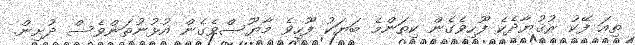
ތިއަ ފޭކު ރުޤުޔާދެކެ ފޫހިވެގެން ކިތަންމެ ބަޔަކު ފޫހިވެ މާޔޫސްވެގެން އުޅުނުތަންވެސް ދުށިން.